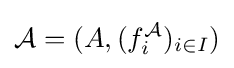
{\mathcal {A}}=(A,(f_{i}^{\mathcal {A}})_{i\in I})